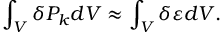
\int _ { V } \delta P _ { k } d V \approx \int _ { V } \delta \varepsilon d V .